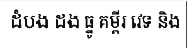
ដំបង ដង ធ្នូ គម្ពីរ វេទ និង